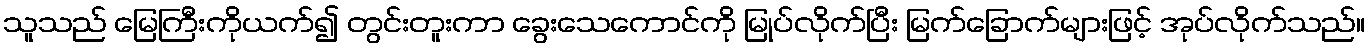
သူသည် မြေကြီးကိုယက်၍ တွင်းတူးကာ ခွေးသေကောင်ကို မြုပ်လိုက်ပြီး မြက်ခြောက်များဖြင့် အုပ်လိုက်သည်။